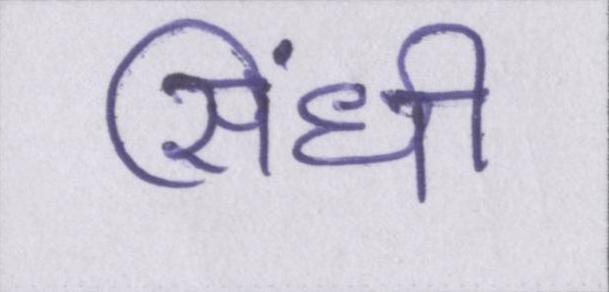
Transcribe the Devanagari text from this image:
सिंधी